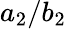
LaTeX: a_{2}/b_{2}